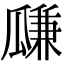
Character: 㼓